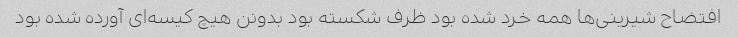
افتضاح شیرینی‌ها همه خرد شده بود ظرف شکسته بود بدونن هیچ کیسه‌ای آورده شده بود